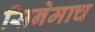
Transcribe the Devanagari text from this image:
सिनेमाच